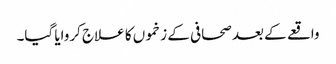
واقعے کے بعد صحافی کے زخموں کا علاج کروایا گیا۔